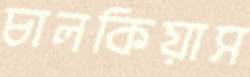
চালকিয়াস